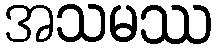
အသမဿ